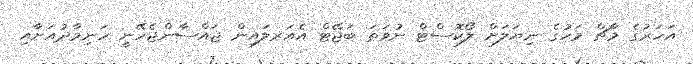
އަހަރުގެ މާޗް މަހުގެ ނިޔަލަށް ލޯކޮސްޓް ނުވަތަ ބަޖޭޓް އެއަރލައިން ޖައްސާންޖެހޭނީ ހަނިމާދުއަށާއި